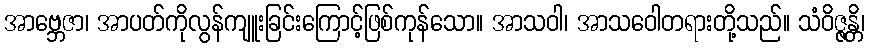
အာဗ္ဘေဇာ၊ အာပတ်ကိုလွန်ကျူးခြင်းကြောင့်ဖြစ်ကုန်သော။ အာသဝါ၊ အာသဝေါတရားတို့သည်။ သံဝိဇ္ဇန္တိ၊